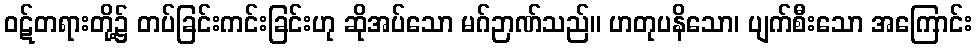
ဝဋ်တရားတို့၌ တပ်ခြင်းကင်းခြင်းဟု ဆိုအပ်သော မဂ်ဉာဏ်သည်။ ဟတုပနိသော၊ ပျက်စီးသော အကြောင်း